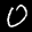
Label: 0